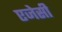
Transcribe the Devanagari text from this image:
एजेसी